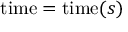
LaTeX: { \mathrm { t i m e } } = \operatorname { t i m e } ( s )